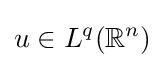
u\in L^{q}(\mathbb {R} ^{n})